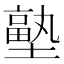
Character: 𭏼